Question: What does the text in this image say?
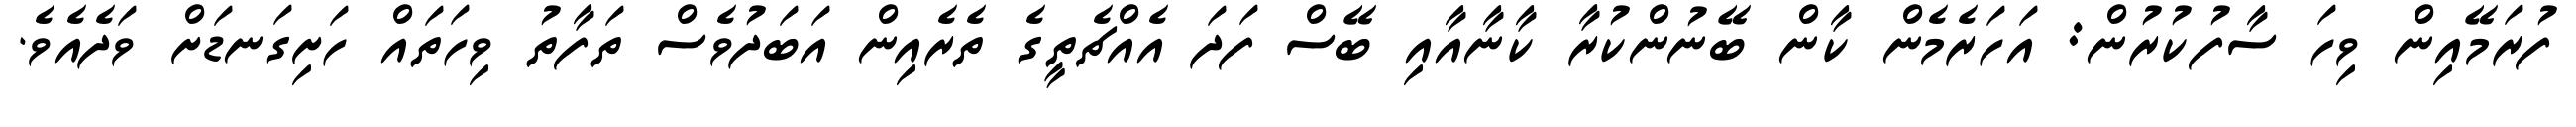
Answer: ފުރަމޭއިން ވިހަ ސާފުކުރުން: އަހަރެމެން ކާން ބޭނުންކުރާ ކާނާއާއި ބޭސް ފަދަ އެއްޗެތީގެ ތެރެއިން އަބަދުވެސް ތަފާތު ވިހަތައް ހަށިގަނޑަށް ވަދެއެވެ.